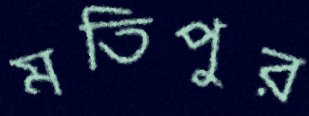
মতিপুর